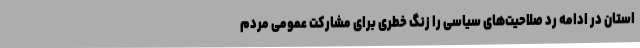
استان در ادامه رد صلاحیت‌های سیاسی را زنگ خطری برای مشارکت عمومی مردم